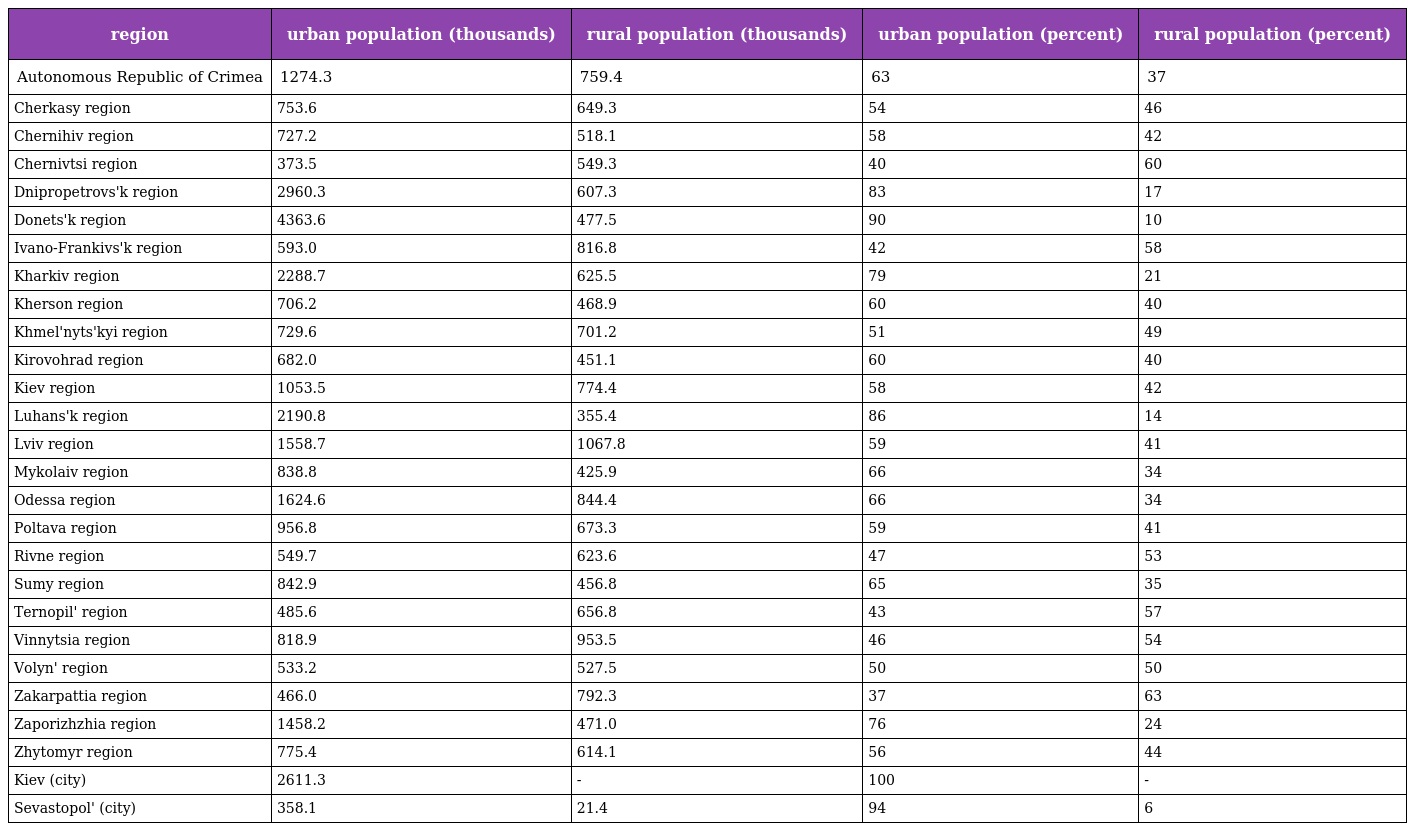
| region | urban population (thousands) | rural population (thousands) | urban population (percent) | rural population (percent) |
 | --- | --- | --- | --- | --- |
 | Autonomous Republic of Crimea | 1274.3 | 759.4 | 63 | 37 |
 | Cherkasy region | 753.6 | 649.3 | 54 | 46 |
 | Chernihiv region | 727.2 | 518.1 | 58 | 42 |
 | Chernivtsi region | 373.5 | 549.3 | 40 | 60 |
 | Dnipropetrovs'k region | 2960.3 | 607.3 | 83 | 17 |
 | Donets'k region | 4363.6 | 477.5 | 90 | 10 |
 | Ivano-Frankivs'k region | 593.0 | 816.8 | 42 | 58 |
 | Kharkiv region | 2288.7 | 625.5 | 79 | 21 |
 | Kherson region | 706.2 | 468.9 | 60 | 40 |
 | Khmel'nyts'kyi region | 729.6 | 701.2 | 51 | 49 |
 | Kirovohrad region | 682.0 | 451.1 | 60 | 40 |
 | Kiev region | 1053.5 | 774.4 | 58 | 42 |
 | Luhans'k region | 2190.8 | 355.4 | 86 | 14 |
 | Lviv region | 1558.7 | 1067.8 | 59 | 41 |
 | Mykolaiv region | 838.8 | 425.9 | 66 | 34 |
 | Odessa region | 1624.6 | 844.4 | 66 | 34 |
 | Poltava region | 956.8 | 673.3 | 59 | 41 |
 | Rivne region | 549.7 | 623.6 | 47 | 53 |
 | Sumy region | 842.9 | 456.8 | 65 | 35 |
 | Ternopil' region | 485.6 | 656.8 | 43 | 57 |
 | Vinnytsia region | 818.9 | 953.5 | 46 | 54 |
 | Volyn' region | 533.2 | 527.5 | 50 | 50 |
 | Zakarpattia region | 466.0 | 792.3 | 37 | 63 |
 | Zaporizhzhia region | 1458.2 | 471.0 | 76 | 24 |
 | Zhytomyr region | 775.4 | 614.1 | 56 | 44 |
 | Kiev (city) | 2611.3 | - | 100 | - |
 | Sevastopol' (city) | 358.1 | 21.4 | 94 | 6 |